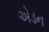
એડન